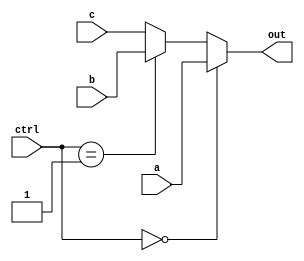
`timescale 1ns / 1ps

module MUX3(
	input [31:0] a,
	input [31:0] b,
	input [31:0] c,
	input [1:0] ctrl,
	output reg [31:0] out
    );

always@(*)
begin
if(ctrl == 2'b00)
out = a;
else if(ctrl == 2'b01)
out = b;
else
out = c;
end
endmodule